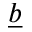
\underbar b